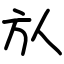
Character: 㫃